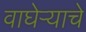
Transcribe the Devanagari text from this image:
वाघेऱ्याचे